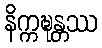
နိက္ကဍ္ဎန္တဿ